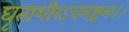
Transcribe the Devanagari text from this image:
घृताशीरऽचलश्चलः।।